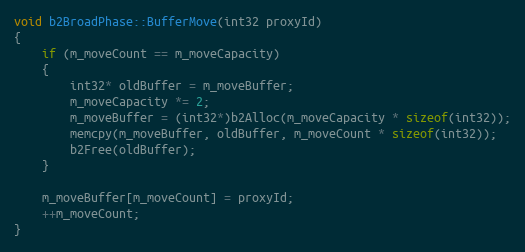
Language: C++
void b2BroadPhase::BufferMove(int32 proxyId)
{
	if (m_moveCount == m_moveCapacity)
	{
		int32* oldBuffer = m_moveBuffer;
		m_moveCapacity *= 2;
		m_moveBuffer = (int32*)b2Alloc(m_moveCapacity * sizeof(int32));
		memcpy(m_moveBuffer, oldBuffer, m_moveCount * sizeof(int32));
		b2Free(oldBuffer);
	}

	m_moveBuffer[m_moveCount] = proxyId;
	++m_moveCount;
}